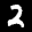
Label: 2